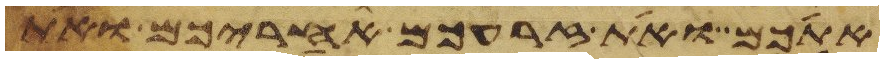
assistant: אתכם ואת זרעכם אחריכם ואת